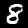
Digit: 8